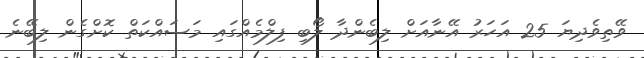
ވޭތިވެދިޔަ 25 އަހަރު އޭނާއަށް ލިބެންދާ ލޯބި ފިލްމެއްގައި މަސައްކަތް ކޮށްގެން ލިބޭނެ